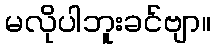
မလိုပါဘူးခင်ဗျာ။